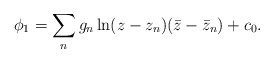
\begin{align*}\phi_1 = \sum_ng_n\ln(z-z_n)(\bar z-\bar z_n) +c_0.\end{align*}